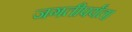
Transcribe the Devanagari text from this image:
जगतीपर्यंत।